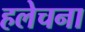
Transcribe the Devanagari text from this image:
हलेचना